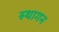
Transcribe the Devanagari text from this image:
स्थागन